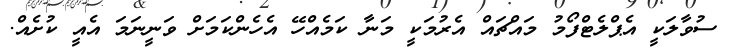
ސުވާލަކީ އެޕްލެޓްފޯމު މައްޗައް އެރުމަކީ މަނާ ކަމެއްހޭ އެހެންކަމަށް ވަނީނަމަ އެއީ ކުށެއް.